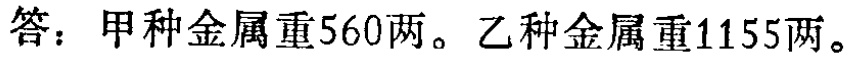
答：甲种金属重560两。乙种金属重1155两。